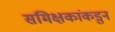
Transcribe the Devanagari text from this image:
समिक्षकांकडुन